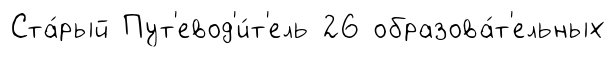
Ста́рый Пут'евод'и́т'ель 26 образова́т'ельных